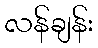
လန်ချန်း